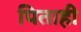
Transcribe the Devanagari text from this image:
पिताही